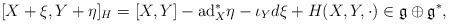
LaTeX: \begin{align*} [ X+\xi , Y + \eta ]_H = [X,Y] -\mathrm{ad}_X^*\eta -\iota_Yd\xi + H(X,Y,\cdot ) \in \mathfrak{g} \oplus \mathfrak{g}^*,\end{align*}